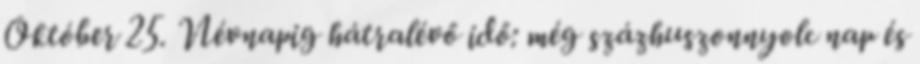
Október 25. Névnapig hátralévő idő: még százhuszonnyolc nap és